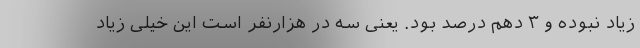
زیاد نبوده و ۳ دهم درصد بود. یعنی سه در هزارنفر است این خیلی زیاد